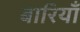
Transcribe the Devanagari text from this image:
बारियाँ